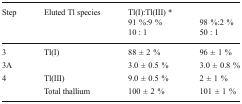
<table><thead><tr><td rowspan="3"><b>Step</b></td><td rowspan="3"><b>Eluted Tl species</b></td><td><b>Tl(I):Tl(III) *</b></td><td></td></tr><tr><td><b>91 %:9 %</b></td><td><b>98 %:2 %</b></td></tr><tr><td><b>10 : 1</b></td><td><b>50 : 1</b></td></tr></thead><tbody><tr><td>3</td><td>Tl(I)</td><td>88 ± 2 %</td><td>96 ± 1 %</td></tr><tr><td>3A</td><td></td><td>3.0 ± 0.5 %</td><td>3.0 ± 0.8 %</td></tr><tr><td>4</td><td>Tl(III)</td><td>9.0 ± 0.5 %</td><td>2 ± 1 %</td></tr><tr><td></td><td>Total thallium</td><td>100 ± 2 %</td><td>101 ± 1 %</td></tr></tbody></table>